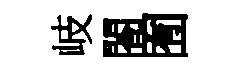
岐閤囿